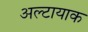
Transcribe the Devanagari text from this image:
अल्टायाक